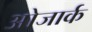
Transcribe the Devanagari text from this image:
ओजार्क